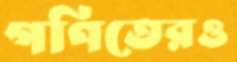
গণিতেরও